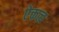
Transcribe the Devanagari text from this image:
ऐक्तत्व